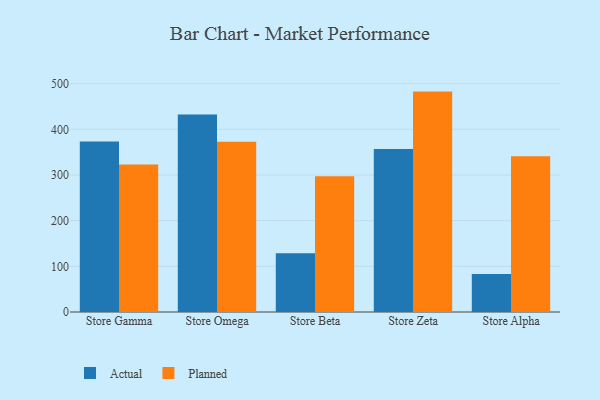
{"axis": {"x": "Store", "y": "Operating Costs (USD K)"}, "legend": ["Actual", "Planned"], "data": [{"x": "Store Gamma", "y": 373.2, "type": "Actual"}, {"x": "Store Gamma", "y": 322.8, "type": "Planned"}, {"x": "Store Omega", "y": 432.2, "type": "Actual"}, {"x": "Store Omega", "y": 372.9, "type": "Planned"}, {"x": "Store Beta", "y": 128.8, "type": "Actual"}, {"x": "Store Beta", "y": 297.3, "type": "Planned"}, {"x": "Store Zeta", "y": 356.8, "type": "Actual"}, {"x": "Store Zeta", "y": 482.6, "type": "Planned"}, {"x": "Store Alpha", "y": 83.1, "type": "Actual"}, {"x": "Store Alpha", "y": 341.3, "type": "Planned"}]}